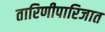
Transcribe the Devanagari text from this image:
तारिणीपारिजात